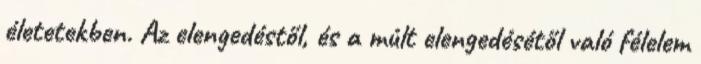
életetekben. Az elengedéstől, és a múlt elengedésétől való félelem